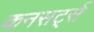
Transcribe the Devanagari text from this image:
कनसर्ट्स